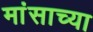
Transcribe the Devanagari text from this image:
मांसाच्या